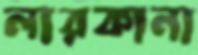
লারকানা